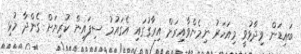
ބައިޑަން ވިދާޅުވީ މިއަހަރު ނިމެންވާއިރަށް އިރާގުގައި އެގައުމު ސިފައިން ކުރިޔަށް ގެންދާ މުޅި